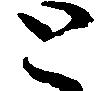
と